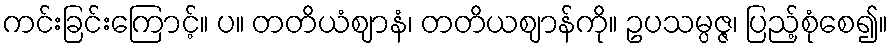
ကင်းခြင်းကြောင့်။ ပ။ တတိယံဈာနံ၊ တတိယဈာန်ကို။ ဥပသမ္ပဇ္ဇ၊ ပြည့်စုံစေ၍။